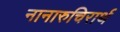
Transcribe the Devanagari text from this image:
नानारुचिरार्थ